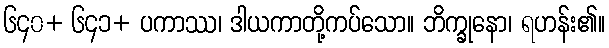
၆၄၀+ ၆၄၁+ ပကာဿ၊ ဒါယကာတို့ကပ်သော။ ဘိက္ခုနော၊ ရဟန်း၏။